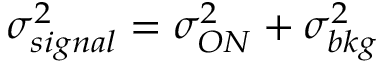
\sigma _ { s i g n a l } ^ { 2 } = \sigma _ { O N } ^ { 2 } + \sigma _ { b k g } ^ { 2 }